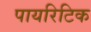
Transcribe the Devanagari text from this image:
पायरिटिक